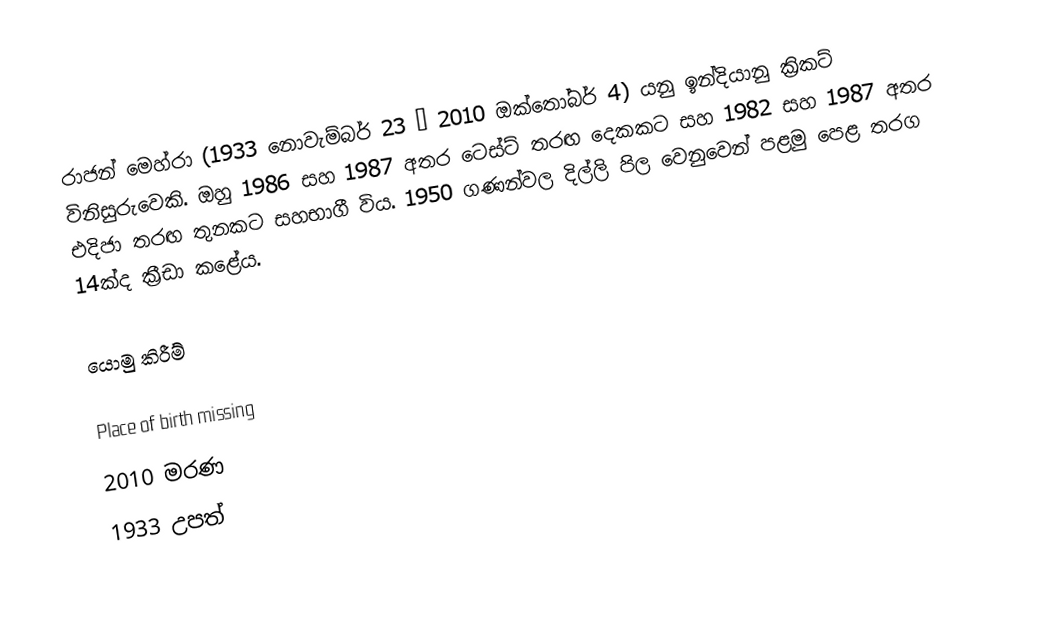
රාජන් මෙහ්රා (1933 නොවැම්බර් 23 – 2010 ඔක්තෝබර් 4) යනු ඉන්දියානු ක්‍රිකට් විනිසුරුවෙකි. ඔහු 1986 සහ 1987 අතර ටෙස්ට් තරඟ දෙකකට සහ 1982 සහ 1987 අතර එදිජා තරඟ තුනකට සහභාගී විය. 1950 ගණන්වල දිල්ලි පිල වෙනුවෙන් පළමු පෙළ තරග 14ක්ද ක්‍රීඩා කළේය.

යොමු කිරීම්

Place of birth missing
2010 මරණ
1933 උපත්